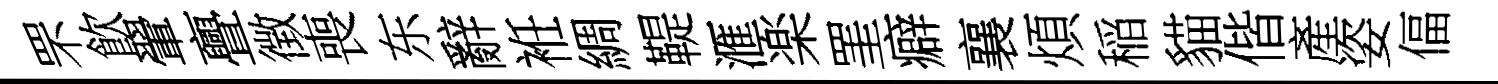
罘飮翬亹徴喪东辭袵綢鞮滙楽罣癖襄煩稲貓偕產姿偪